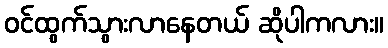
ဝင်ထွက်သွားလာနေတယ် ဆိုပါကလား။